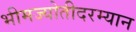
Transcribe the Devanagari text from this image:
भीमज्योतीदरम्यान